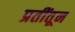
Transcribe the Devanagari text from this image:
प्रतींतून